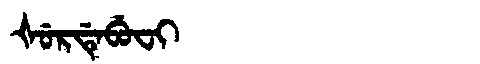
Manchu: ᡧᡠᡵᡩᡝᠪᡠᠸᡳ
Romanization: ŠURDEBUFI